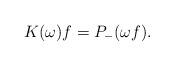
LaTeX: \begin{align*}K(\omega)f=P_-(\omega f) .\end{align*}